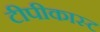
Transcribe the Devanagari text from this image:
टीपीकास्ट